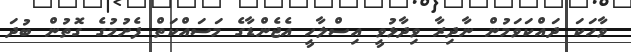
ވާހަކަ ދައްކަވަމުން ނާދިރާ ވިދާޅުވީ އިސްލާހީ އެޖެންޑާގެ މަސައްކަތް ފެށުމުގެ ގޮތުން ބުދަ